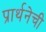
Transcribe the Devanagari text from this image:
प्रार्थनेची